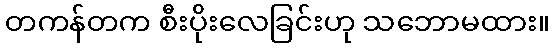
တကန်တက စီးပိုးလေခြင်းဟု သဘောမထား။